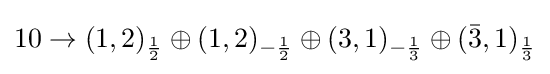
10\rightarrow (1,2)_{1 \over 2}\oplus (1,2)_{-{1 \over 2}}\oplus (3,1)_{-{1 \over 3}}\oplus ({\bar {3}},1)_{1 \over 3}